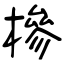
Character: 槮